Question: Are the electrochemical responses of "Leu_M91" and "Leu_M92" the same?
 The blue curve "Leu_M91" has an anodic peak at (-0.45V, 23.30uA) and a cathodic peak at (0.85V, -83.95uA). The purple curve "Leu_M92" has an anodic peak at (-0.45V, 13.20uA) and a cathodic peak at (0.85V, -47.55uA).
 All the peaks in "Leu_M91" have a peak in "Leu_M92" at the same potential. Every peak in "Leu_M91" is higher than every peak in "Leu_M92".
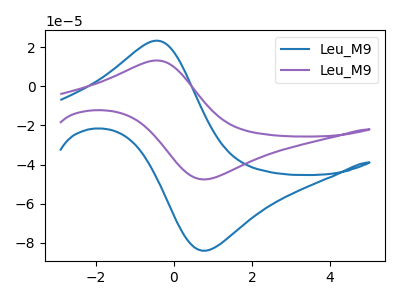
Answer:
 <answer>"Leu_M91" and "Leu_M92" are similar in shape.</answer>
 <eval>same_shape</eval>